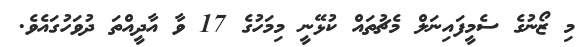
މި ޒޯނުގެ ސެމީފައިނަލް މެޗުތައް ކުޅޭނީ މިމަހުގެ 17 ވާ އާދީއްތަ ދުވަހުގައެވެ.